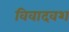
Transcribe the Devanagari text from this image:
विवादवश